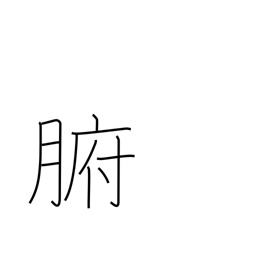
Meaning: viscera